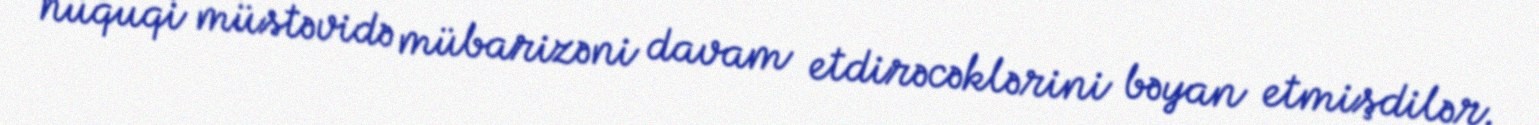
hüquqi müstəvidə mübarizəni davam etdirəcəklərini bəyan etmişdilər.